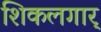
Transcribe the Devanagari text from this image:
शिकलगार्